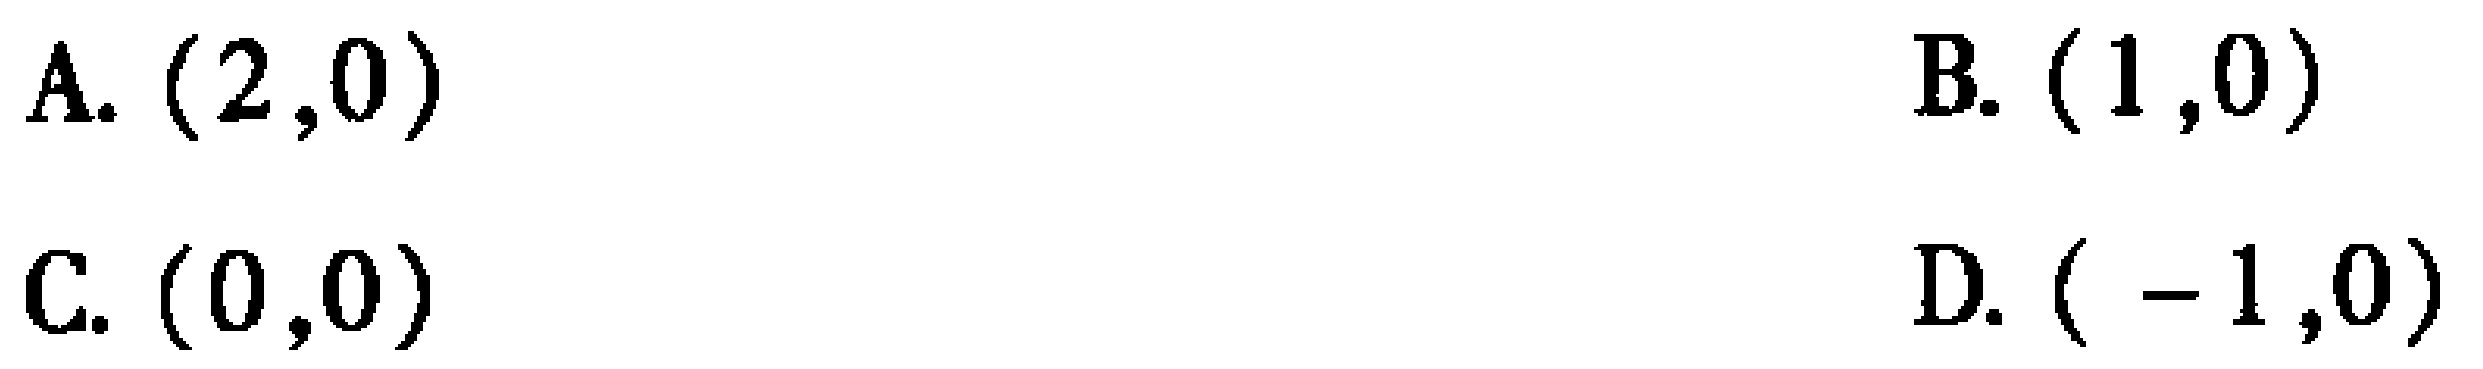
A. $(2,0)$

B. $(1,0)$

C. $(0,0)$

D. $(-1,0)$